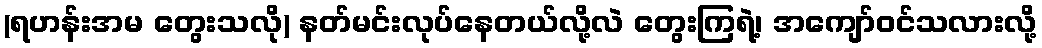
(ရဟန်းအမ တွေးသလို) နတ်မင်းလုပ်နေတယ်လို့လဲ တွေးကြရဲ့၊ အကျော်ဝင်သလားလို့